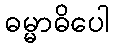
ဓမ္မာဓိပေါ